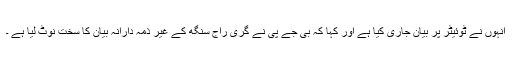
انہوں نے ٹوئیٹر پر بیان جاری کیا ہے اور کہا کہ بی جے پی نے گری راج سنگھ کے غیر ذمہ دارانہ بیان کا سخت نوٹ لیا ہے ۔